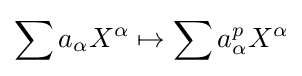
\sum a_{\alpha }X^{\alpha }\mapsto \sum a_{\alpha }^{p}X^{\alpha }